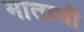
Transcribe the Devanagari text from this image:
माताची